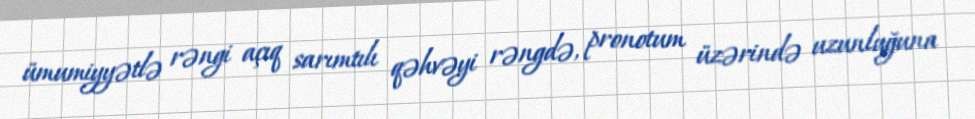
ümumiyyətlə rəngi açıq sarımtılı qəhvəyi rəngdə, pronotum üzərində uzunluğuna